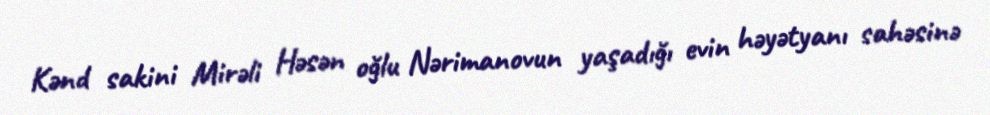
Kənd sakini Mirəli Həsən oğlu Nərimanovun yaşadığı evin həyətyanı sahəsinə